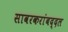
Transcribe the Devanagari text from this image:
सावरकरांबद्दल